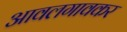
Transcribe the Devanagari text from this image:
आवलगावकर